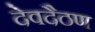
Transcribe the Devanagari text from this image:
देवदैठण